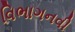
વિભાગનવી